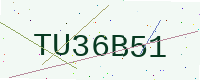
Text: TU36B51